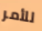
للأمر